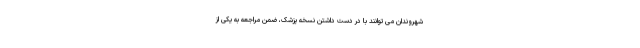
شهروندان می توانند با در دست داشتن نسخه پزشک، ضمن مراجعه به یکی از